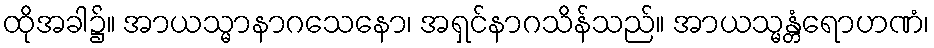
ထိုအခါ၌။ အာယသ္မာနာဂသေနော၊ အရှင်နာဂသိန်သည်။ အာယသ္မန္တံရောဟဏံ၊